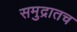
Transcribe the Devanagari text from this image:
समुद्रातच